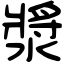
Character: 漿